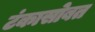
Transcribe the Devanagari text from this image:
टंकासोबत